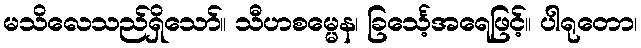
မသိလေသည်ရှိသော်။ သီဟစမ္မေန၊ ခြင်္သေ့အရေဖြင့်။ ပါရုတော၊